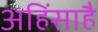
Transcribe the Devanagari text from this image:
अहिंसाहै